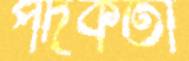
পদকর্তা